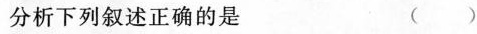
分析下列叙述正确的是 （）